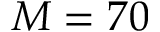
M = 7 0